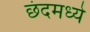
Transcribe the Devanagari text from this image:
छंदमध्ये